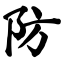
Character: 防